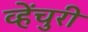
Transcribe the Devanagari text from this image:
व्हेंचुरी